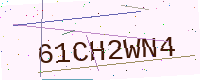
Text: 61CH2WN4